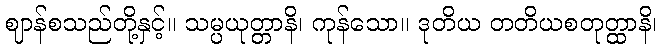
ဈာန်စသည်တို့နှင့်။ သမ္ပယုတ္တာနိ၊ ကုန်သော။ ဒုတိယ တတိယစတုတ္ထာနိ၊